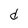
Character: d